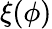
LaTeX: \xi(\phi)